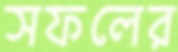
সফলের